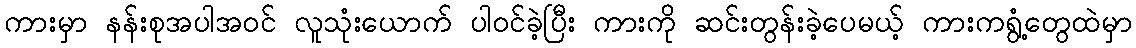
ကားမှာ နန်းစုအပါအဝင် လူသုံးယောက် ပါဝင်ခဲ့ပြီး ကားကို ဆင်းတွန်းခဲ့ပေမယ့် ကားကရွံ့တွေထဲမှာ